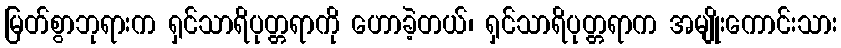
မြတ်စွာဘုရားက ရှင်သာရိပုတ္တရာကို ဟောခဲ့တယ်၊ ရှင်သာရိပုတ္တရာက အမျိုးကောင်းသား